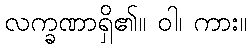
လက္ခဏာရှိ၏။ ဝါ၊ ကား။